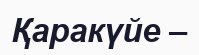
Қаракүйе –